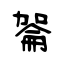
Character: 嗧